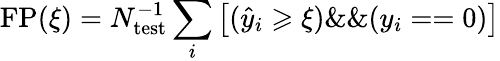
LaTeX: \mathrm{FP}(\xi)=N_{\mathrm{test}}^{-1}\sum_{i}\left[(\hat{y}_{i}\geqslant\xi)\& \& (y_{i}==0)\right]